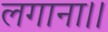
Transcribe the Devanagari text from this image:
लगाना।।